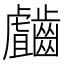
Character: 𲎥